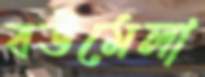
বউমেলা